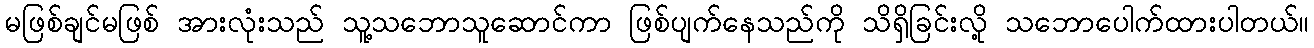
မဖြစ်ချင်မဖြစ် အားလုံးသည် သူ့သဘောသူဆောင်ကာ ဖြစ်ပျက်နေသည်ကို သိရှိခြင်းလို့ သဘောပေါက်ထားပါတယ်။